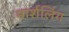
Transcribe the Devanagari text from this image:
मार्शलिंग